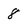
Character: 8